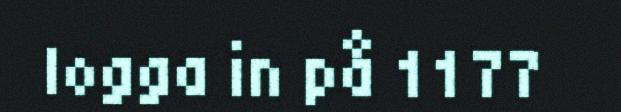
logga in på 1177